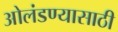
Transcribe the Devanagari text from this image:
ओलंडण्यासाठी